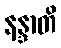
နန္ဒာတိ